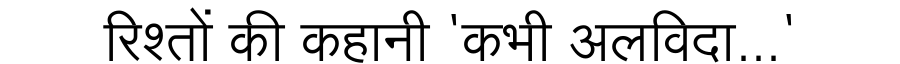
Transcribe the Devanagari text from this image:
रिश्तों की कहानी 'कभी अलविदा...'